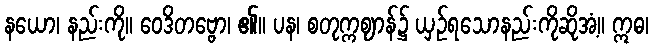
နယော၊ နည်းကို။ ဝေဒိတဗ္ဗော၊ ၏။ ပန၊ စတုက္ကဈာန်၌ ယှဉ်ရသောနည်းကိုဆိုအံ့။ ဣဓ၊